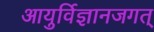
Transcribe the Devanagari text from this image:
आयुर्विज्ञानजगत्